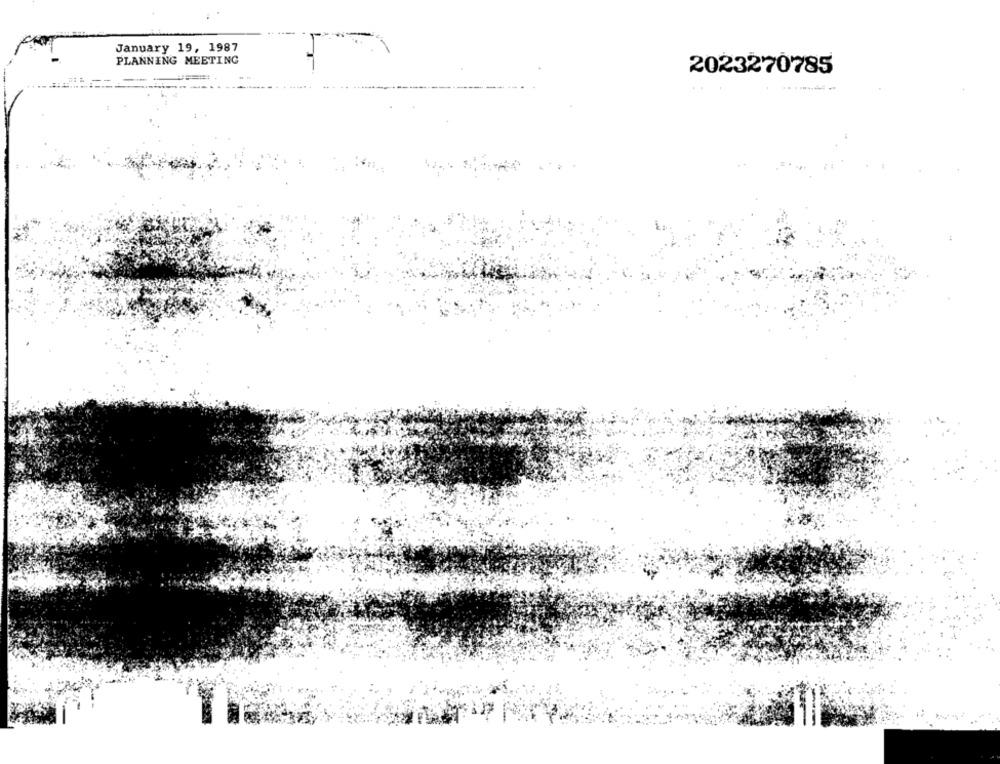
January 19, 1987
PLANNING MEETING
2023270785